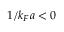
1 / k _ { F } a < 0